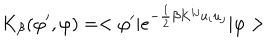
K _ { \beta } ( \varphi ^ { \prime } , \varphi ) = < \varphi ^ { \prime } | e ^ { - \frac { 1 } { 2 } \beta K ^ { i j } u _ { i } u _ { j } } | \varphi >